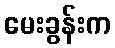
မေးခွန်းက